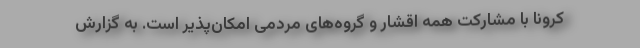
کرونا با مشارکت همه اقشار و گروه‌های مردمی امکان‌پذیر است. به گزارش